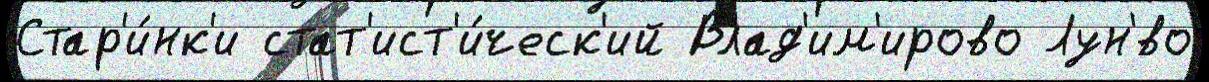
Стар'и́нк'и стат'ист'и́ческ'ий Влад'им'ирово Лун'́во